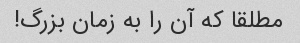
مطلقا که آن را به زمان بزرگ!